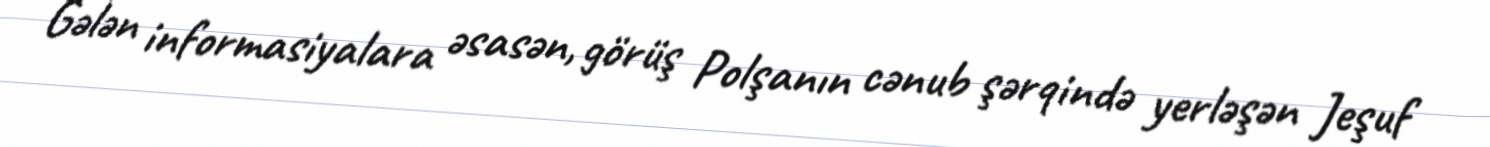
Gələn informasiyalara əsasən, görüş Polşanın cənub şərqində yerləşən Jeşuf